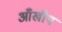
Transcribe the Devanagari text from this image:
आँखीय